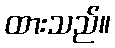
ထားသည်။